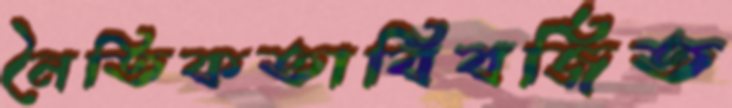
নৈতিকতাবিবর্জিত